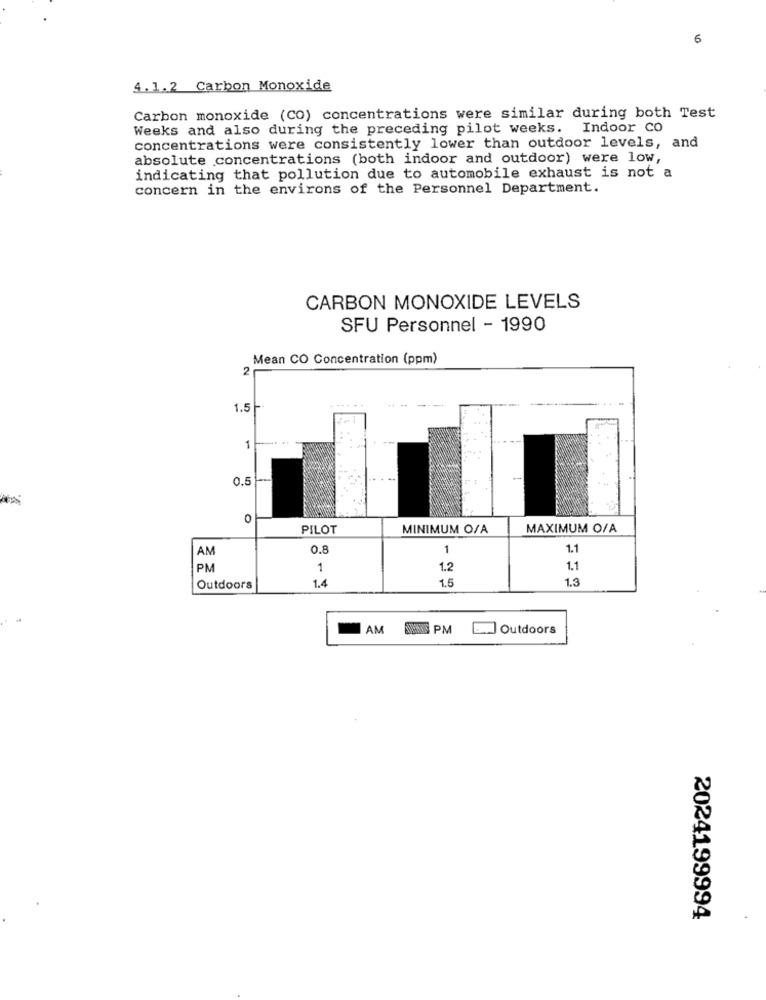
6
4.1.2 Carbon Monoxide
Carbon monoxide (CO) concentrations were similar during both Test
Weeks and also during the preceding pilot weeks. Indoor CO
concentrations were consistently lower than outdoor levels, and
absolute concentrations (both indoor and outdoor) were low,
indicating that pollution due to automobile exhaust is not a
concern in the environs of the Personnel Department.
CARBON MONOXIDE LEVELS
SFU Personnel - 1990
Mean CO Concentration (ppm)
2
1.5
0.5-
0
PILOT
MINIMUM O/A
MAXIMUM O/A
AM
0.8
1
1.1
PM
1
1.2
1.1
1.3
Outdoors
1.4
1.5
AM
0900 PM
. Outdoors
2024199994